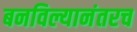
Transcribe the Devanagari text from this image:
बनविल्यानंतरच